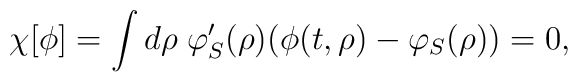
\chi[\phi]=\int d\rho\;\varphi'_S(\rho)(\phi(t,\rho)-\varphi_S(\rho))=0,